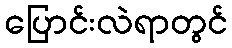
ပြောင်းလဲရာတွင်